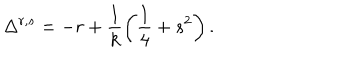
\Delta ^ { r , s } = - r + \frac 1 k \left( \frac 1 4 + s ^ { 2 } \right) .